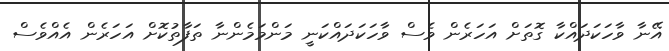
އޭނާ ވާހަކަދައްކާ ގޮތަށް އަހަރެން ވެސް ވާހަކަދައްކަނީ މަންމަމެންނާ ތަފާތުކޮށް އަހަރެން އެއްވެސް